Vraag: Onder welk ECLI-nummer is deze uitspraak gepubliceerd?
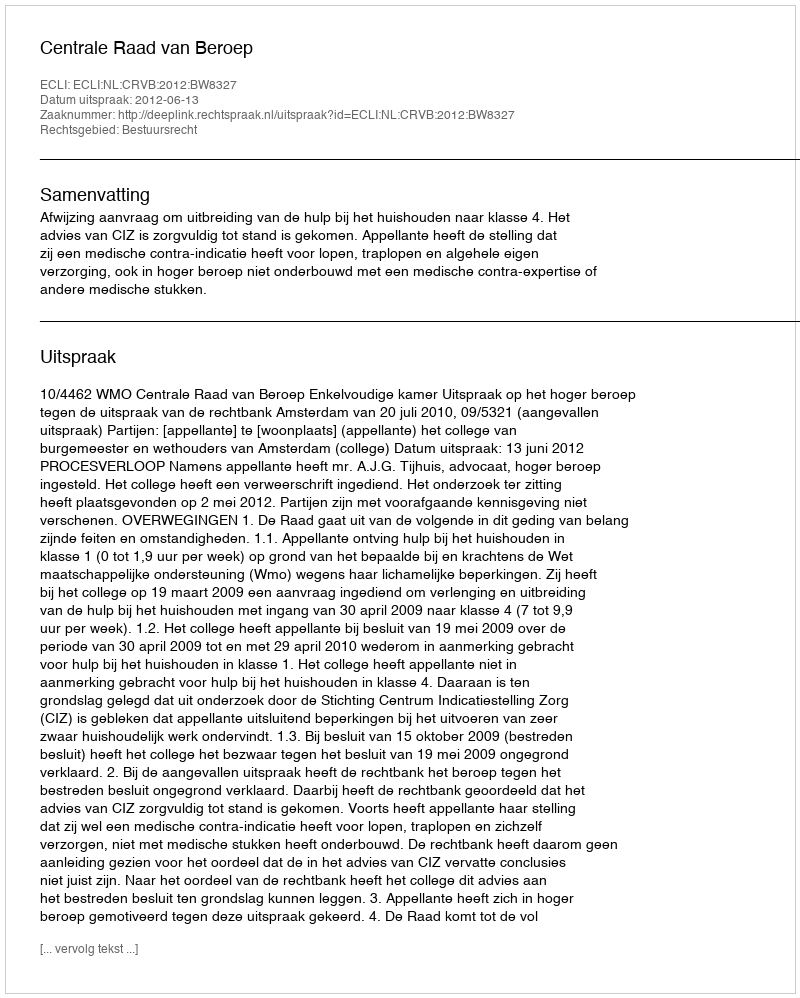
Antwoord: ECLI:NL:CRVB:2012:BW8327